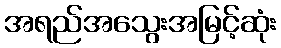
အရည်အသွေးအမြင့်ဆုံး